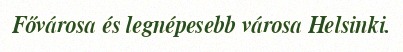
Fővárosa és legnépesebb városa Helsinki.